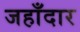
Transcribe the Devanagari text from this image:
जहाँदार